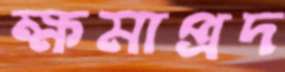
ক্ষমাপ্রদ